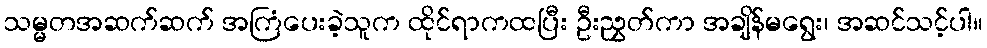
သမ္မတအဆက်ဆက် အကြံပေးခဲ့သူက ထိုင်ရာကထပြီး ဦးညွှတ်ကာ အချိန်မရွေး၊ အဆင်သင့်ပါ။